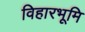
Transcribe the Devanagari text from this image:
विहारभूमि